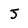
Character: J